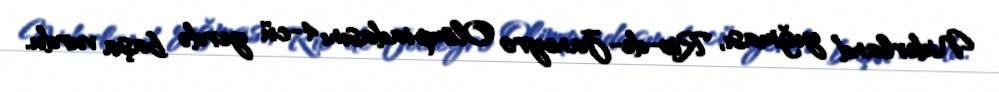
Niderland yığması, Rio-de-Janeyro Olimpiadasını 4-cü yerdə başa vurdu.